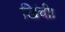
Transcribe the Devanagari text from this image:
खिंची।